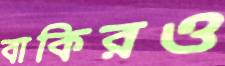
বাকিরও